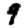
Digit: 9